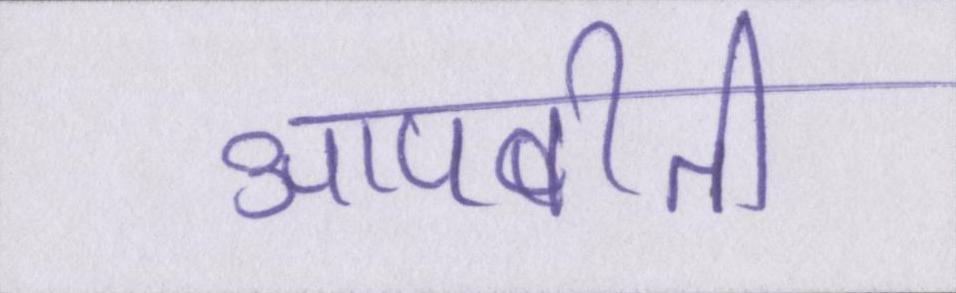
आपबीती